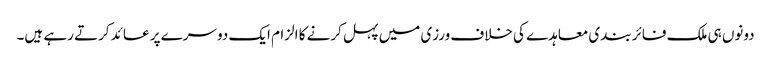
دونوں ہی ملک فائر بندی معاہدے کی خلاف ورزی میں پہل کرنے کا الزام ایک دوسرے پر عائد کرتے رہے ہیں۔